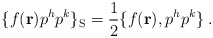
\begin{align*}\{ f({ \bf r}) p^h p^k \}_{\rm S} = {1\over 2} \{ f({\bf r}),p^h p^k \} \>.\end{align*}